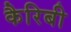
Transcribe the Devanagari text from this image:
कैरिबी